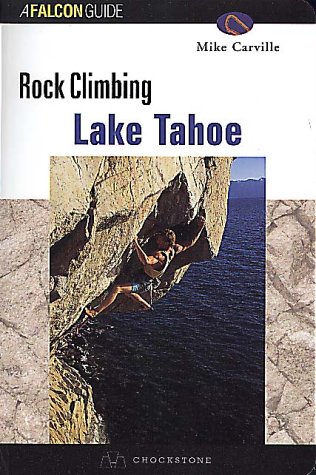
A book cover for Rock Climbing Lake Tahoe; Mike Carville; Sports & Outdoors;